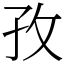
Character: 孜